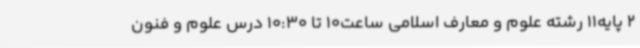
2 پایه11 رشته علوم و معارف اسلامی ساعت10 تا 10:30 درس علوم و فنون